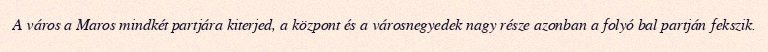
A város a Maros mindkét partjára kiterjed, a központ és a városnegyedek nagy része azonban a folyó bal partján fekszik.